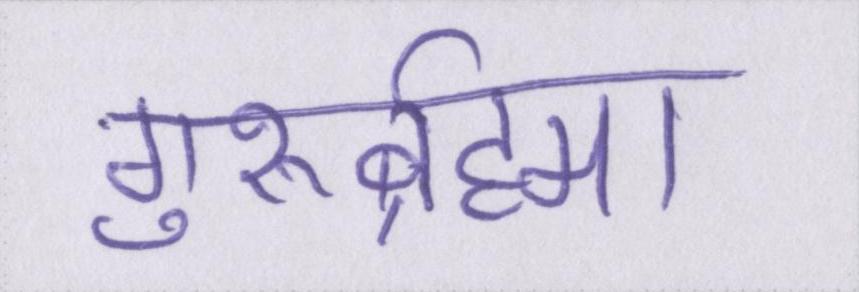
गुरुर्ब्रह्मा